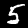
Digit: 5